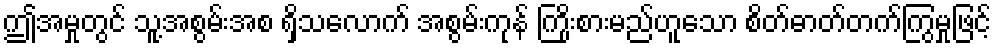
ဤအမှုတွင် သူ့အစွမ်းအစ ရှိသလောက် အစွမ်းကုန် ကြိုးစားမည်ဟူသော စိတ်ဓာတ်တက်ကြွမှုဖြင့်